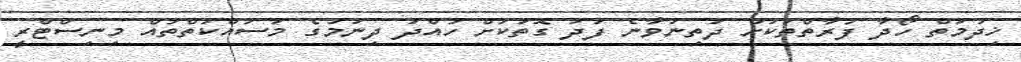
ޚިދުމަތް ހޯދާ ފަރާތްތަކަށް ދަތިނުވާނެ ފަދަ ގޮތަކަށް ހުއްދަ ދިނުމުގެ މަސައްކަތްތައް މިނިސްޓްރީ